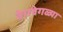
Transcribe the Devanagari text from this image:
वेग़वेगळ्या